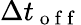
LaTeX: \Delta t_{\mathrm{~o~f~f~}}